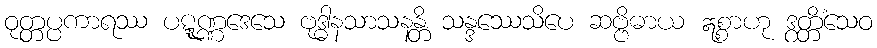
ဝုတ္တပ္ပကာရဿ ပဋ္ဋုဏ္ဏဒေသေ ဗုဒ္ဓါနသာသနန္တိ သန္ဒဿေသိပေ ဆဗ္ဗိဓာယ ဣစ္စာဟု ဒွတ္တိံသေဝ